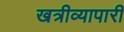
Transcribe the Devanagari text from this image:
खत्रीव्यापारी